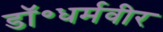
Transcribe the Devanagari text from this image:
डॉ॰धर्मवीर